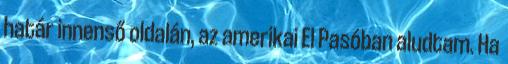
határ innenső oldalán, az amerikai El Pasóban aludtam. Ha